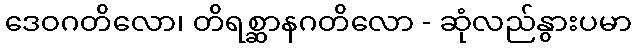
ဒေဝဂတိလော၊ တိရစ္ဆာနဂတိလော - ဆုံလည်နွားပမာ